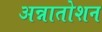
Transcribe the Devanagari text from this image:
अन्नातोशन